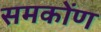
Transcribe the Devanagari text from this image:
समकोंण